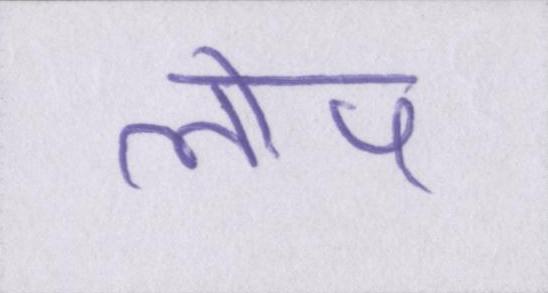
लोप